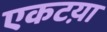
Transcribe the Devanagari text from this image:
एकटय़ा